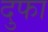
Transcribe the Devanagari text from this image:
दुफा